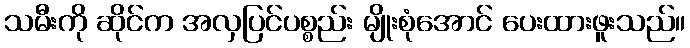
သမီးကို ဆိုင်က အလှပြင်ပစ္စည်း မျိုးစုံအောင် ပေးထားဖူးသည်။